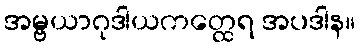
အမ္ဗယာဂုဒါယကတ္ထေရ အပဒါန။